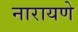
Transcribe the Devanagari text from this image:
नारायणे